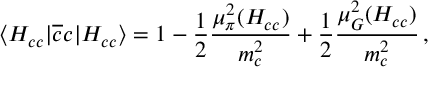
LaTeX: \langle H _ { c c } | \overline { { { c } } } c | H _ { c c } \rangle = 1 - \frac { 1 } { 2 } \frac { \mu _ { \pi } ^ { 2 } ( H _ { c c } ) } { m _ { c } ^ { 2 } } + \frac { 1 } { 2 } \frac { \mu _ { G } ^ { 2 } ( H _ { c c } ) } { m _ { c } ^ { 2 } } \, ,